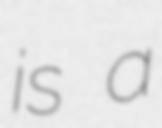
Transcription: is a